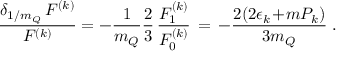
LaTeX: \frac { \delta _ { 1 / m _ { Q } } \, F ^ { ( k ) } } { F ^ { ( k ) } } = - \frac { 1 } { m _ { Q } } \frac { 2 } { 3 } \, \frac { F _ { 1 } ^ { ( k ) } } { F _ { 0 } ^ { ( k ) } } \, = \, - \frac { 2 ( 2 \epsilon _ { k } \! + \! m P _ { k } ) } { 3 m _ { Q } } \; .